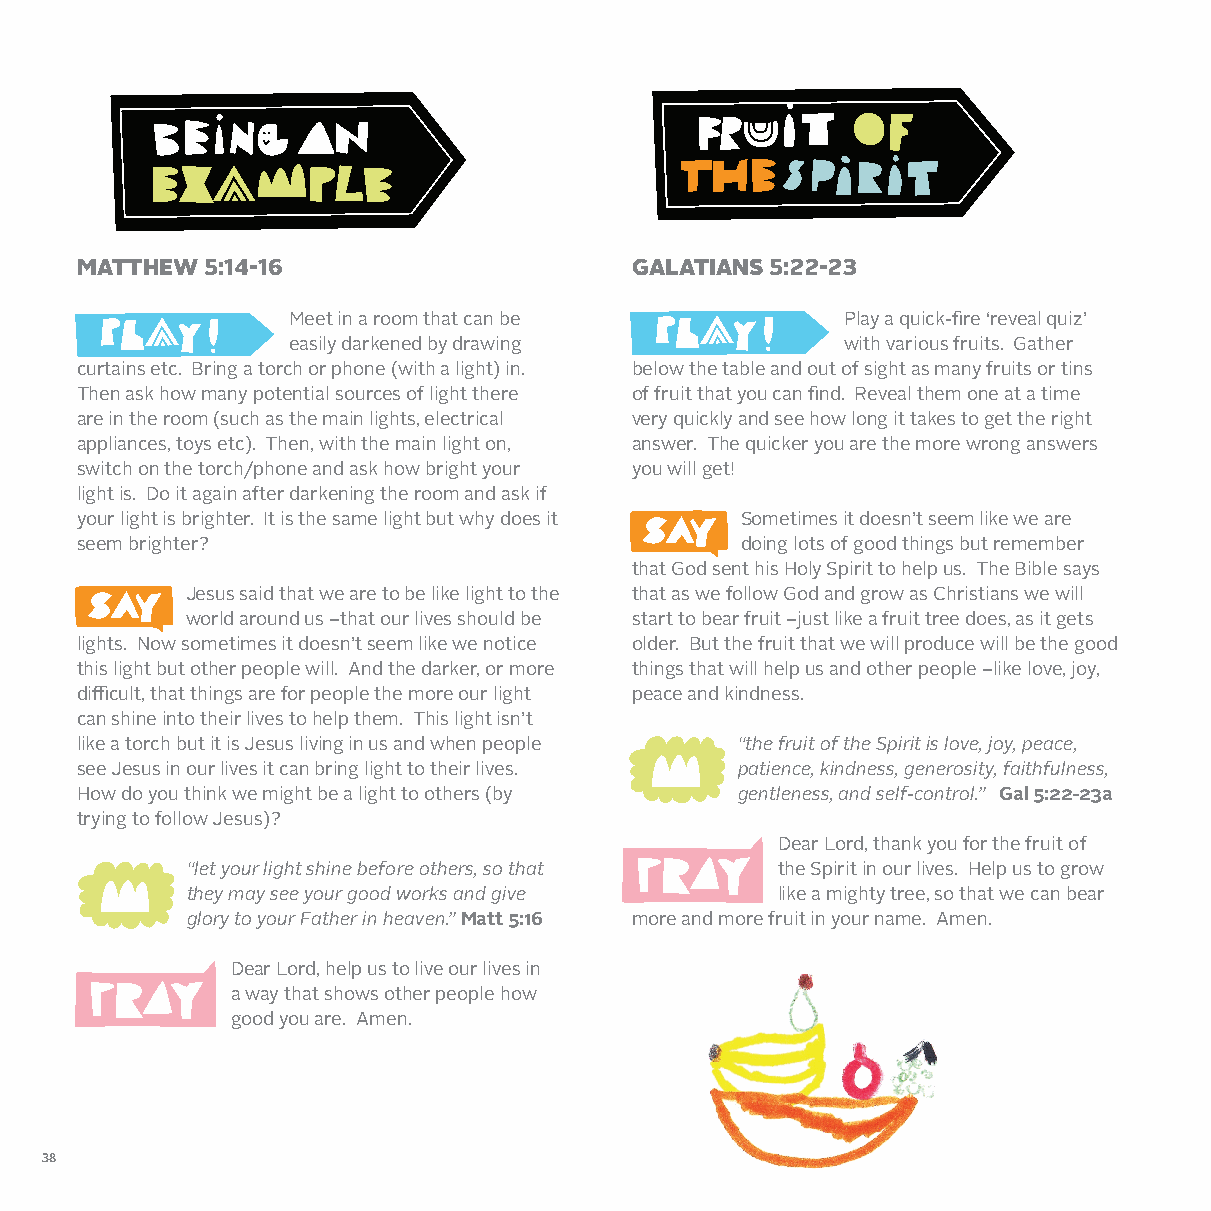
MATTHEW  5:14-16                     GALATIANS 5:22-23
 Meet in a room that can be           Play a quick-fire ‘reveal quiz’
 easily darkened by drawing           with various fruits. Gather
 curtains etc. Bring a torch or phone (with a light) in. below the table and out of sight as many fruits or tins
 Then ask how many potential sources of light there of fruit that you can find. Reveal them one at a time
 are in the room (such as the main lights, electrical very quickly and see how long it takes to get the right
 appliances, toys etc). Then, with the main light on, answer. The quicker you are the more wrong answers
 switch on the torch/phone and ask how bright your you will get!
 light is. Do it again after darkening the room and ask if
 your light is brighter. It is the same light but why does it Sometimes it doesn’t seem like we are
 seem brighter?                              doing lots of good things but remember
 that God sent his Holy Spirit to help us. The Bible says
 Jesus said that we are to be like light to the that as we follow God and grow as Christians we will
 world around us –that our lives should be start to bear fruit –just like a fruit tree does, as it gets
 lights. Now sometimes it doesn’t seem like we notice older. But the fruit that we will produce will be the good
 this light but other people will. And the darker, or more things that will help us and other people –like love, joy,
 difficult, that things are for people the more our light peace and kindness.
 can shine into their lives to help them. This light isn’t
 like a torch but it is Jesus living in us and when people “the fruit of the Spirit is love, joy, peace,
 see Jesus in our lives it can bring light to their lives. patience, kindness, generosity, faithfulness,
 How do you think we might be a light to others (by gentleness, and self-control.” Gal 5:22-23a
 trying to follow Jesus)?
 Dear Lord, thank you for the fruit of
 “let your light shine before others, so that the Spirit in our lives. Help us to grow
 they may see your good works and give  like a mighty tree, so that we can bear
 glory to your Father in heaven.” Matt 5:16 more and more fruit in your name. Amen.
 Dear Lord, help us to live our lives in
 a way that shows other people how
 good you are. Amen.
 38